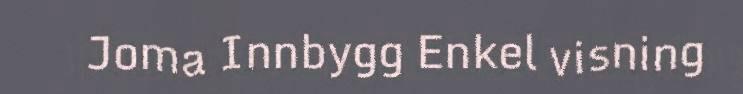
Joma Innbygg Enkel visning